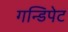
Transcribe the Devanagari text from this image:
गन्डिपेट